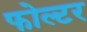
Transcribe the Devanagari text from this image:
फोल्टर